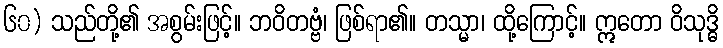
၆၀) သည်တို့၏ အစွမ်းဖြင့်။ ဘဝိတဗ္ဗံ၊ ဖြစ်ရာ၏။ တသ္မာ၊ ထို့ကြောင့်။ ဣတော ဝိသုဒ္ဓိ